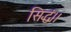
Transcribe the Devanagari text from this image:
सिद्धं।।